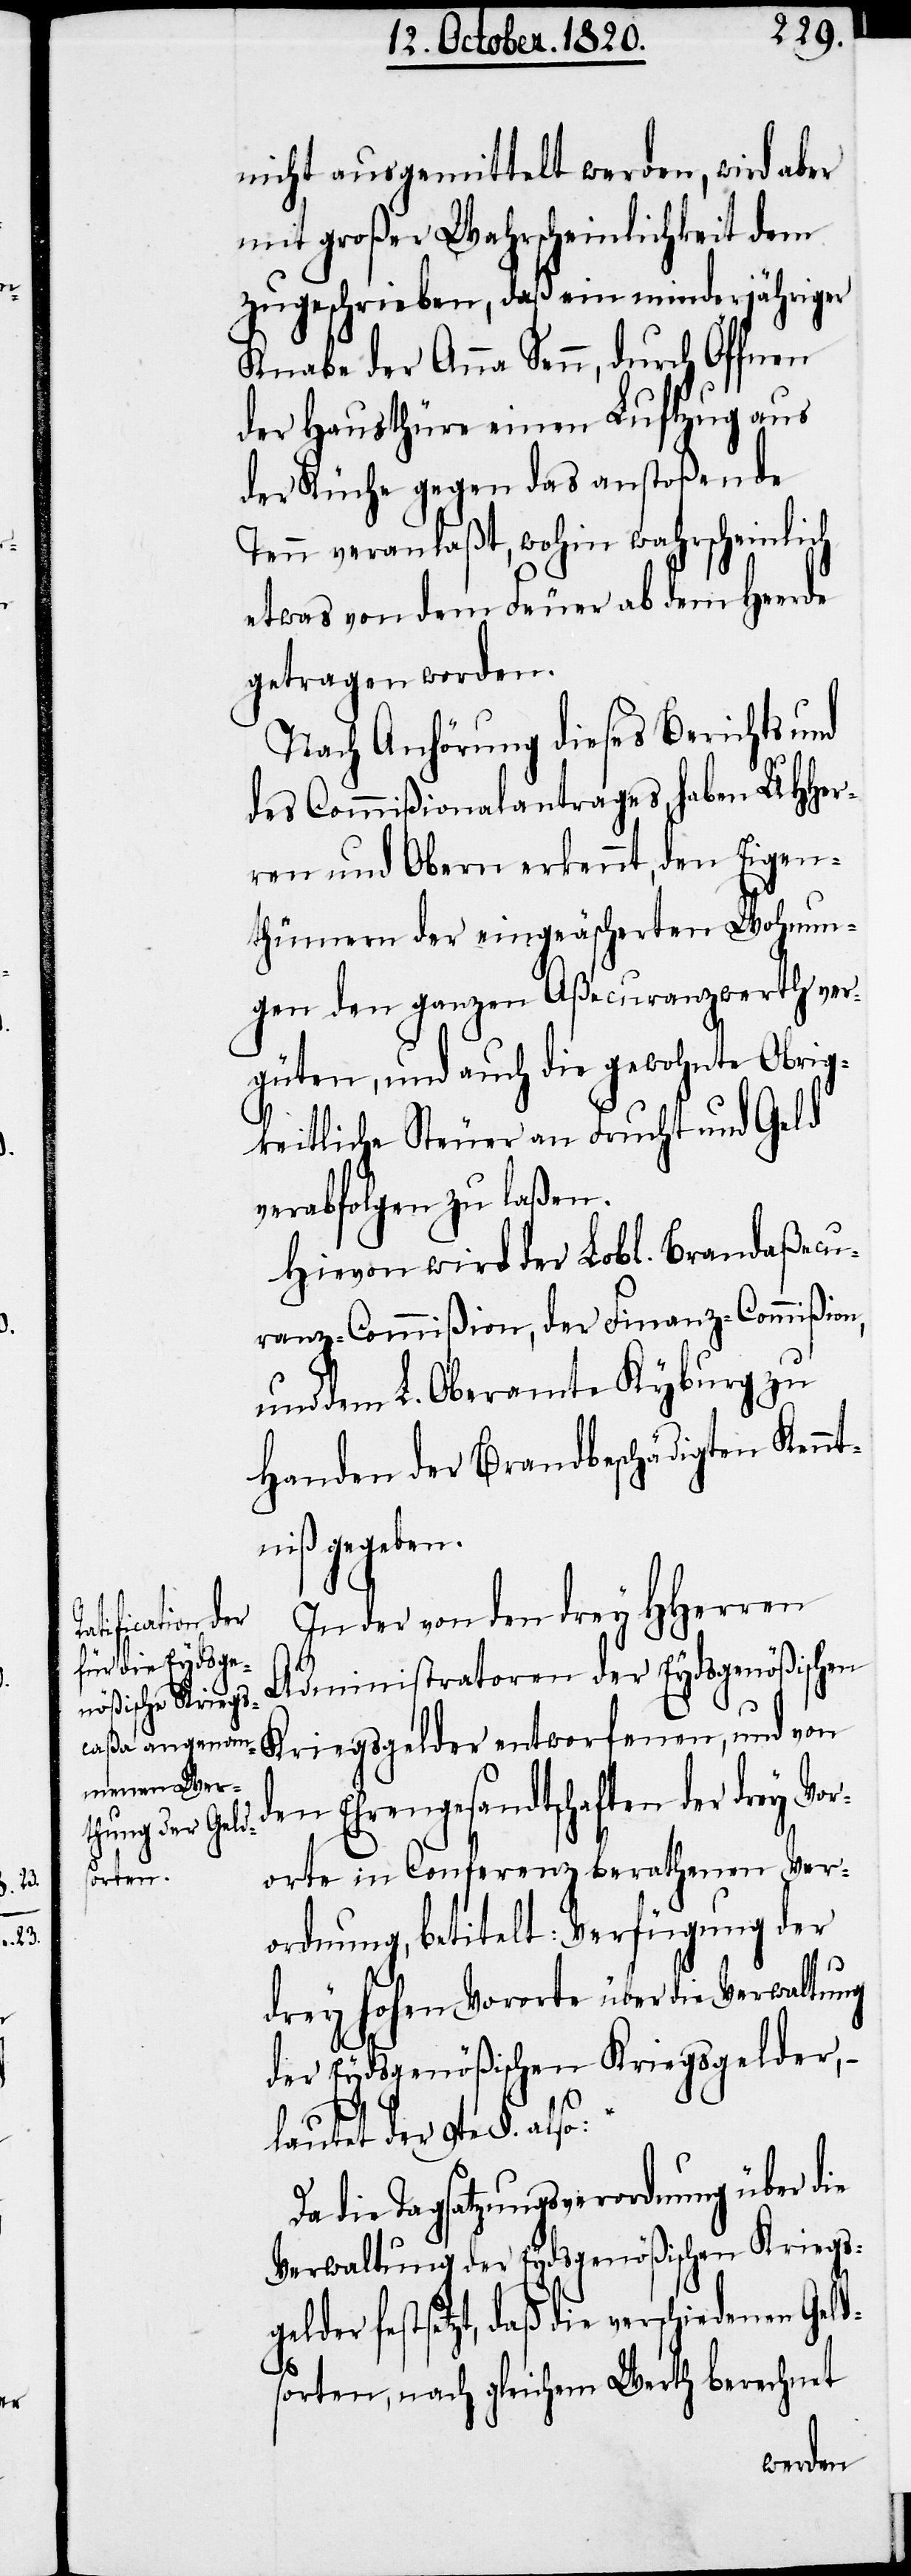
nicht ausgemittelt werden, wird aber
mit großer Wahrscheinlichkeit dem
zugeschrieben, daß ein minderjähriger
Knabe der Anna Senn, durch Öffnen
der Hausthüre einen Luftzug aus
der Küche gegen das anstoßende
Tenn veranlaßt, wohin wahrscheinlich
etwas von dem Feuer ab dem Herde
getragen worden.
Nach Anhörung dieses Berichts und
des Commißionalantrages haben UHher¬
ren und Obern erkennt, den Eigen¬
thümern der eingeäscherten Wohnun¬
gen den ganzen Aßecuranzwerth ver¬
güten, und auch die gewohnte Obrig¬
keitliche Steuer an Frucht und Geld
verabfolgen zu laßen.
Hievon wird der Lobl. Brandaßecu¬
ranz-Commißion, der Finanz-Commißion,
und dem L. Oberamte Kyburg zu
Handen der Brandbeschädigten Kennt¬
niß gegeben.
In der von den drey HHerren
Administratoren der Eydsgenößischen
Kriegsgelder entworfenen, und von
den Ehrengesandtschaften der drey V¬
ororte in Conferenz berathenen Ver¬
ordnung, betitelt: Verfügung der
drey hohen Vororte über die Verwaltung
der Eydsgenößischen Kriegsgelder,
lautet der 9te §. also:
Da die Tagsatzungsverordnung über die
Verwaltung der Eydsgenößischen Kriegsg¬
elder festsetzt, daß die verschiedenen Geld¬
sorten, nach gleichem Werth berechnet